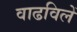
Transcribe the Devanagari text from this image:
वाढविलें